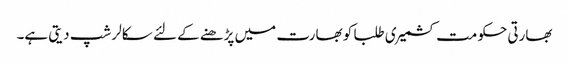
بھارتی حکومت کشمیری طلبا کو بھارت میں پڑھنے کے لئے سکالر شپ دیتی ہے۔